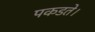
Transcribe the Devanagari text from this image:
पकडते।